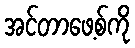
အင်တာဖေ့စ်ကို